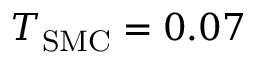
T _ { \mathrm { S M C } } = 0 . 0 7